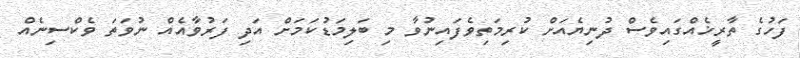
ފަހުގެ ތާރީޚެއްގައިވެސް ދުނިޔެއަށް ކުރިމަތިވެފައިނުވާ މި ބަލިމަޑުކަމަށް އަދި ފަރުވާއެއް ނުވަތަ ވެކްސިނެއް